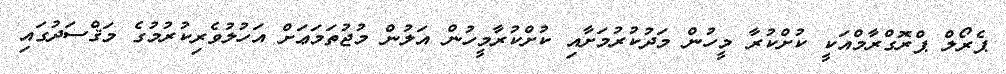
ޕެރޯލް ޕްރޮގްރާމްއަކީ ކުށްކުރާ މީހުން މަދުކުރުމަށާއި ކުށްކުރާމީހުން އަލުން މުޖުތަމަޢަށް އަހުލުވެރިކުރުމުގެ މަޤްސަދުގައި